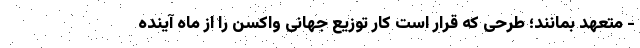
- متعهد بمانند؛ طرحی که قرار است کار توزیع جهانی واکسن را از ماه آینده